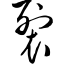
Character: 裂